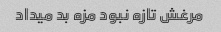
مرغش تازه نبود مزه بد میداد